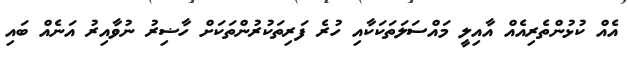
އެއް ކުޅުންތެރިއެއް އާއިލީ މައްސަލަތަކަކާއި ހުރެ ފަރިތަކުރުންތަކަށް ހާޟިރު ނުވާއިރު އަނެއް ބައި